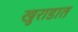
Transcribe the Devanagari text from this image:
खुराडात